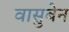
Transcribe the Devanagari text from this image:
वासुबेन